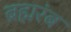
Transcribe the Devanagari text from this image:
ब्रह्मरंब